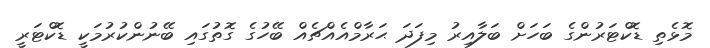
މޮޅެތި ޑޮކްޓަރުންގެ ބަހަށް ބަލާއިރު މިފަދަ ޙަރާމްއެއްޗެއް ބޭހުގެ ގޮތުގައި ބޭނުންކުރުމަކީ ޑޮކްޓަރީ